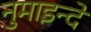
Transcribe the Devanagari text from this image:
नुमाइन्दे